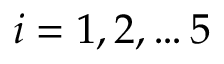
i = 1 , 2 , \hdots 5